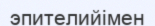
эпителийімен